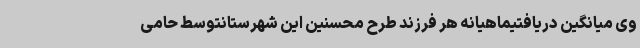
وی میانگین دریافتیماهیانه هر فرزند طرح محسنین این شهرستانتوسط حامی